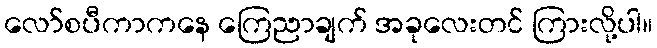
လော်စပီကာကနေ ကြေညာချက် အခုလေးတင် ကြားလို့ပါ။